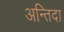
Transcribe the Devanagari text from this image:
अन्तिदा